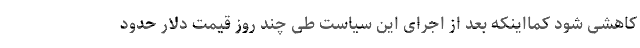
کاهشی شود کمااینکه بعد از اجرای این سیاست طی چند روز قیمت دلار حدود